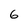
Character: 6